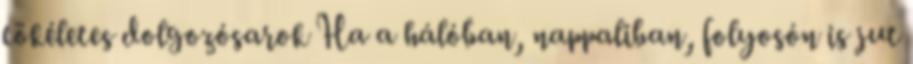
tökéletes dolgozósarok Ha a hálóban, nappaliban, folyosón is jut